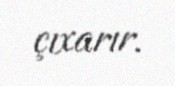
çıxarır.